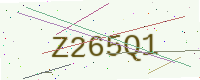
Text: Z265Q1